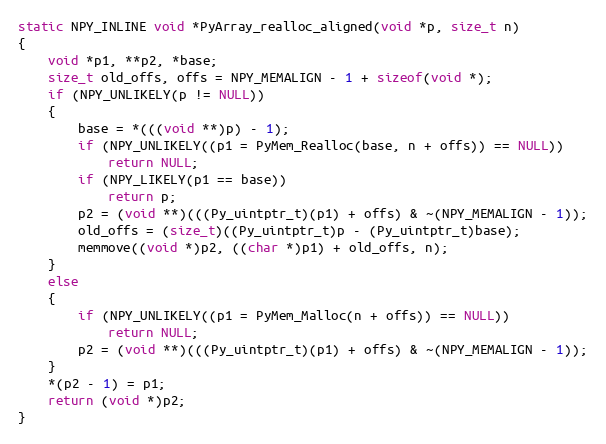
Language: C
static NPY_INLINE void *PyArray_realloc_aligned(void *p, size_t n)
{
    void *p1, **p2, *base;
    size_t old_offs, offs = NPY_MEMALIGN - 1 + sizeof(void *);
    if (NPY_UNLIKELY(p != NULL))
    {
        base = *(((void **)p) - 1);
        if (NPY_UNLIKELY((p1 = PyMem_Realloc(base, n + offs)) == NULL))
            return NULL;
        if (NPY_LIKELY(p1 == base))
            return p;
        p2 = (void **)(((Py_uintptr_t)(p1) + offs) & ~(NPY_MEMALIGN - 1));
        old_offs = (size_t)((Py_uintptr_t)p - (Py_uintptr_t)base);
        memmove((void *)p2, ((char *)p1) + old_offs, n);
    }
    else
    {
        if (NPY_UNLIKELY((p1 = PyMem_Malloc(n + offs)) == NULL))
            return NULL;
        p2 = (void **)(((Py_uintptr_t)(p1) + offs) & ~(NPY_MEMALIGN - 1));
    }
    *(p2 - 1) = p1;
    return (void *)p2;
}